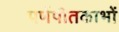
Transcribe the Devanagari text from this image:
पर्णपीतकाभों